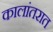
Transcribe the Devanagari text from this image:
कालांतरात